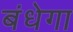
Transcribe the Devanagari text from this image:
बंधेगा